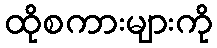
ထိုစကားများကို